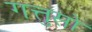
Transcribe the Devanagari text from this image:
गत्तुसो